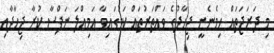
މި ދަރަޖަތައް ހިމެނެނީ ޖިހާދުގެ ވައްތަރުތައް ކަމުގައިވާ އަމިއްލަ ނަފްސާ ކުރާ ޖިހާދާއި